Lunatic asylums in Bengal annual reports 1888-1898 - 1888-1898
Year: 1888
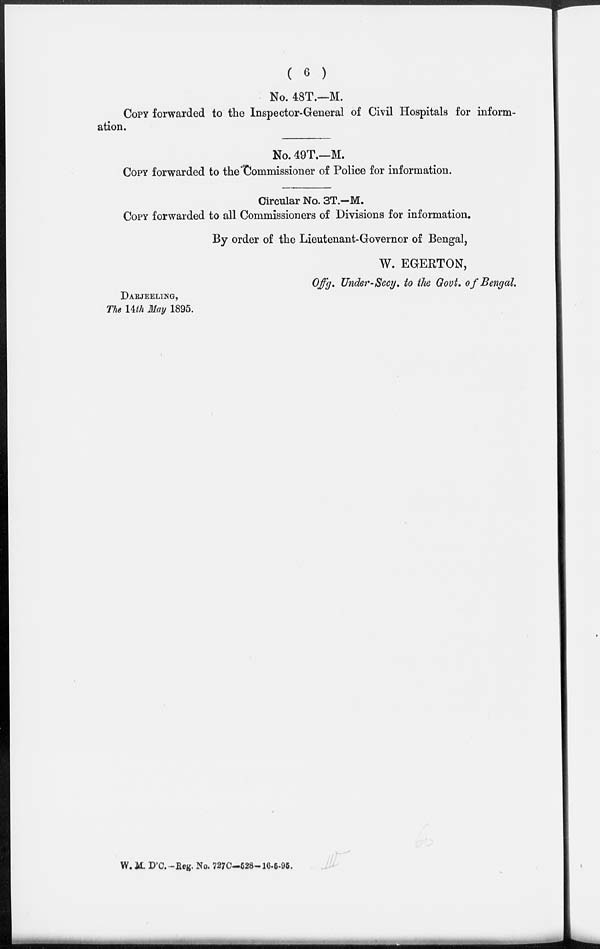
( 6 )
No. 48T.—M.
COPY forwarded to the Inspector-General of Civil Hospitals for inform-
ation.
No. 49T.—M.
COPY forwarded to the Commissioner of Police for information.
Circular No. 3T.—M.
COPY forwarded to all Commissioners of Divisions for information.
By order of the Lieutenant-Governor of Bengal,
W. EGERTON,
Offg. Under-Secy. to the Govt. of Bengal.
DARJEELING,
The 14th May 1895.
W. M. D'C.—Reg. No. 727C-528-16-5-95.